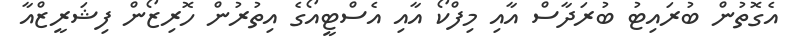
އެގޮތުން ބުރައިޓު ބުރަދާސް އާއި މިފްކޯ އާއި އެސްޓީއޯގެ އިތުރުން ހޮރިޒޯން ފިޝަރީޒްއާ